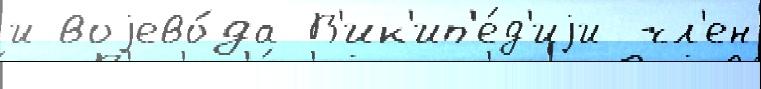
и воjево́да В'ик'ип'е́д'иjи чл'ен